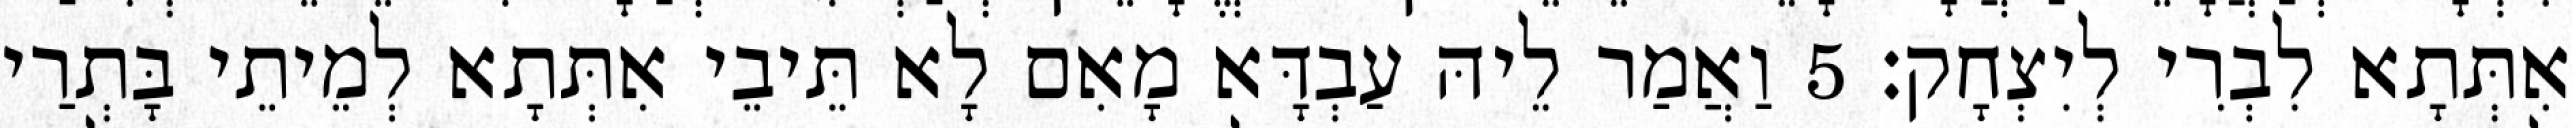
אִתְּתָא לִבְרִי לְיִצְחָק׃ 5 וַאֲמַר לֵיהּ עַבְדָּא מָאִם לָא תֵּיבֵי אִתְּתָא לְמֵיתֵי בָּתְרַי